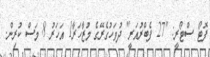
ފޮޓޯ ސްޓޯރީ: "27 ފެބްރުއަރީ" ދުވަހުގެރޭގެ މުޒާހަރާ1 އަހަރު 8 މަސް ކުރިން.